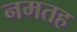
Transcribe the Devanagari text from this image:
नमतह